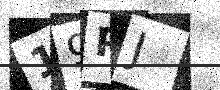
Text: 19PJ